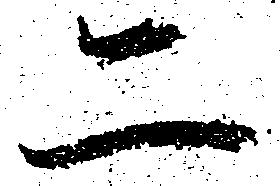
二